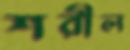
শরীল